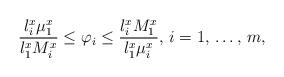
LaTeX: \begin{align*}\frac{l_{i}^{x}\mu_{1}^{x}}{l_{1}^{x}M_{i}^{x}}\le \varphi_{i}\le \frac{l_{i}^{x}M_{1}^{x}}{l_{1}^{x}\mu_{i}^{x}},\thinspace i=1,\thinspace \mathellipsis ,\thinspace m,\end{align*}